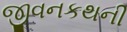
જીવનકથની